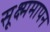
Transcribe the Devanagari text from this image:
सूक्ष्ममापन